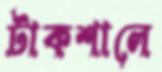
টাকশালে